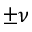
\pm \nu